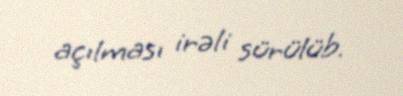
açılması irəli sürülüb.